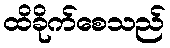
ထိခိုက်စေသည်